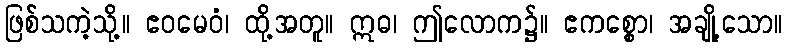
ဖြစ်သကဲ့သို့။ ဧဝမေဝံ၊ ထို့အတူ။ ဣဓ၊ ဤလောက၌။ ဧကစ္စော၊ အချို့သော။